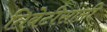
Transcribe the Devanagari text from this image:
तिबेटीसाठी